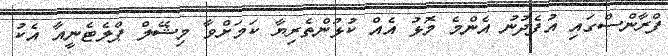
ފްރާންސްގައި އުފެދުނު އެންމެ މޮޅު އެއް ކުޅުންތެރިޔާ ކަމަށްވާ މިޝޭލް ޕްލެޓެނީއާ އެކު